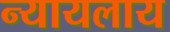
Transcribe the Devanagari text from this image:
न्यायलाय